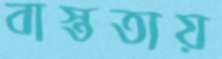
বাস্ততায়